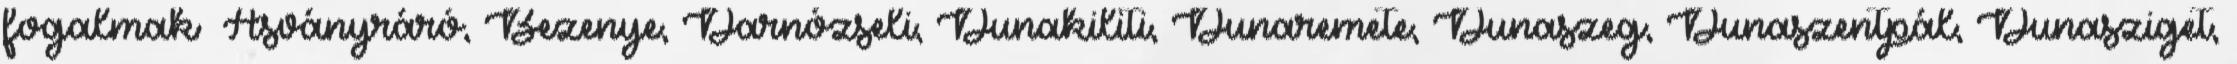
fogalmak ▪Ásványráró, Bezenye, Darnózseli, Dunakiliti, Dunaremete, Dunaszeg, Dunaszentpál, Dunasziget,